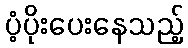
ပံ့ပိုးပေးနေသည့်